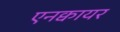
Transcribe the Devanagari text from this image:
एनक्वायर